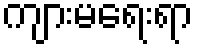
ကျားမရေးရာ